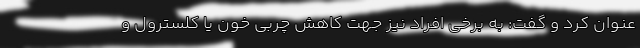
عنوان کرد و گفت: به برخی افراد نیز جهت کاهش چربی خون یا کلسترول و